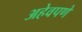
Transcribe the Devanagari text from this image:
अहेवपणे